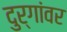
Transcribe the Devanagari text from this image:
दुर्गांवर